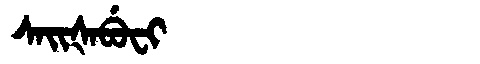
Manchu: ᠰᠠᡳᡧᠠᠪᡠᠸᡳ
Romanization: SAIŠABUFI